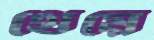
থেয়ে